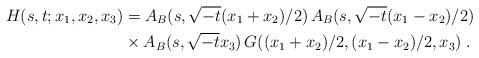
LaTeX: \begin{align*}H(s,t; x_1, x_2, x_3) &= A_B(s,\sqrt{-t}(x_1 + x_2)/2) \, A_B (s,\sqrt{-t}(x_1 - x_2)/2) \\&\times A_B(s,\sqrt{-t}x_3) \, G((x_1 + x_2)/2, (x_1 - x_2)/2, x_3)\;.\end{align*}